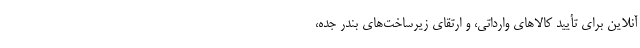
آنلاین برای تأیید کالاهای وارداتی، و ارتقای زیرساخت‌های بندر جده،